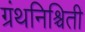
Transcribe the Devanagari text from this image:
ग्रंथनिश्चिती